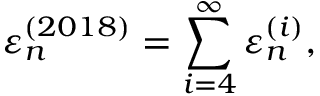
\varepsilon _ { n } ^ { ( 2 0 1 8 ) } = \sum _ { i = 4 } ^ { \infty } \varepsilon _ { n } ^ { ( i ) } ,